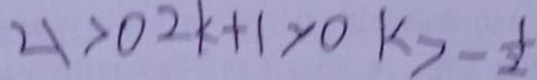
2 1 > 0 2 k + 1 > 0 k > - \frac { 1 } { 2 }